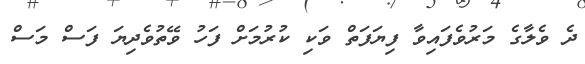
ދެ ވެލާގެ މަރުވެފައިވާ ފިޔަފަތް ވަކި ކުރުމަށް ފަހު ވޭތުވެދިޔަ ފަސް މަސް